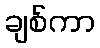
ချစ်ကာ